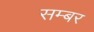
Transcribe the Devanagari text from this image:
सम्बर